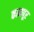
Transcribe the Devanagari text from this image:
कामपूर